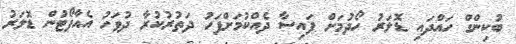
ބުކިންގް ހައްދައި ޑޮލަރު ހޯދުމަށް ފައިސާ ދެއްކުމަށްފަހު ދަތުރުކުރާ ދުވަހު އެއާޕޯޓުން ޑޮލަރު